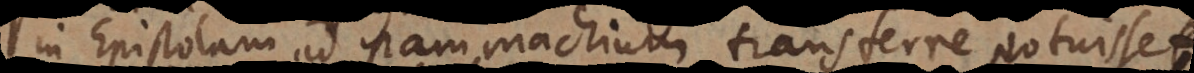
in Epistolam ad Pammachium transferre potuisset.